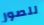
للصور